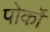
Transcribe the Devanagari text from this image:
पोर्को